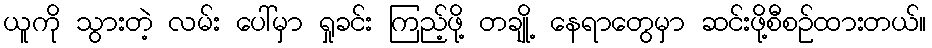
ယူကို သွားတဲ့ လမ်း ပေါ်မှာ ရှုခင်း ကြည့်ဖို့ တချို့ နေရာတွေမှာ ဆင်းဖို့စီစဉ်ထားတယ်။